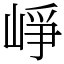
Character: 崢